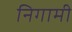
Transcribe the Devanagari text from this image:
निगामी